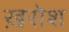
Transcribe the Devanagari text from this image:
ख़रोश